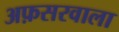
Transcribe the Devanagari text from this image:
अफ़सरवाला